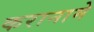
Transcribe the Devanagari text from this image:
करानामे